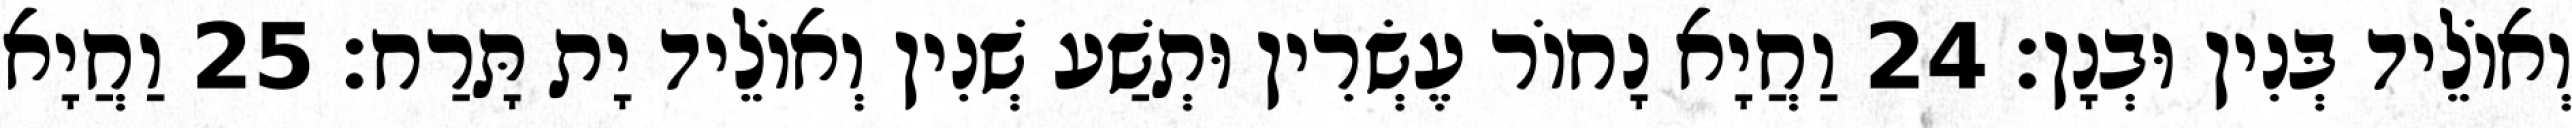
וְאוֹלֵיד בְּנִין וּבְנָן׃ 24 וַחֲיָא נָחוֹר עֶשְׂרִין וּתְשַׁע שְׁנִין וְאוֹלֵיד יָת תָּרַח׃ 25 וַחֲיָא